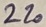
Text: 220